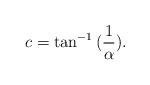
LaTeX: \begin{align*} c = \tan^{-1}{(\frac{1}{\alpha})}.\end{align*}